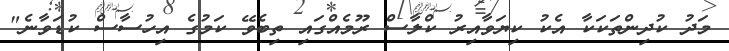
މަދު ކުދިންތަކަކާ އެކު ކިޔަވާއިރު ކްލާސް ރޫމެއްގައި ތިބެވޭ ކަމުގެ އިހުސާސް ކުޑަވާނެ"